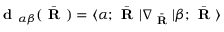
\textbf { d } _ { \alpha \beta } ( \bar { \textbf { R } } ) = \langle \alpha ; \bar { \textbf { R } } | \nabla _ { \bar { \textbf { R } } } | \beta ; \bar { \textbf { R } } \rangle